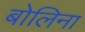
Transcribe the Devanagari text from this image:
बोलिना